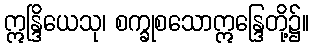
ဣန္ဒြိယေသု၊ စက္ခုစသောဣန္ဒြေတို့၌။